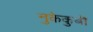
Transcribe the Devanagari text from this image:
नुकेकुबी